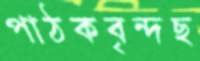
পাঠকবৃন্দছ